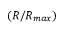
( R / R _ { m a x } )